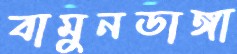
বামুনডাঙ্গা